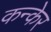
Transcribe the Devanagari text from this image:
कन्केर